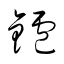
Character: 鑪